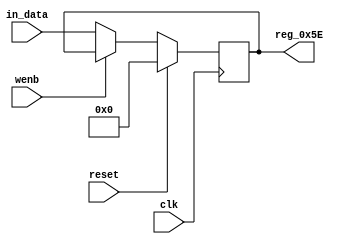
module r_TX_BUF_OBJ3_BYTE_2(output reg [7:0] reg_0x5E, input wire reset, input wire wenb, input wire [7:0] in_data, input wire clk);
	always@(posedge clk)
	begin
		if(reset==0) begin
			if(wenb==0)
				reg_0x5E<=in_data;
			else
				reg_0x5E<=reg_0x5E;
		end
		else
			reg_0x5E<=8'h00;
	end
endmodule